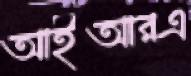
আইআরএ